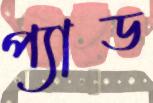
প্যাড